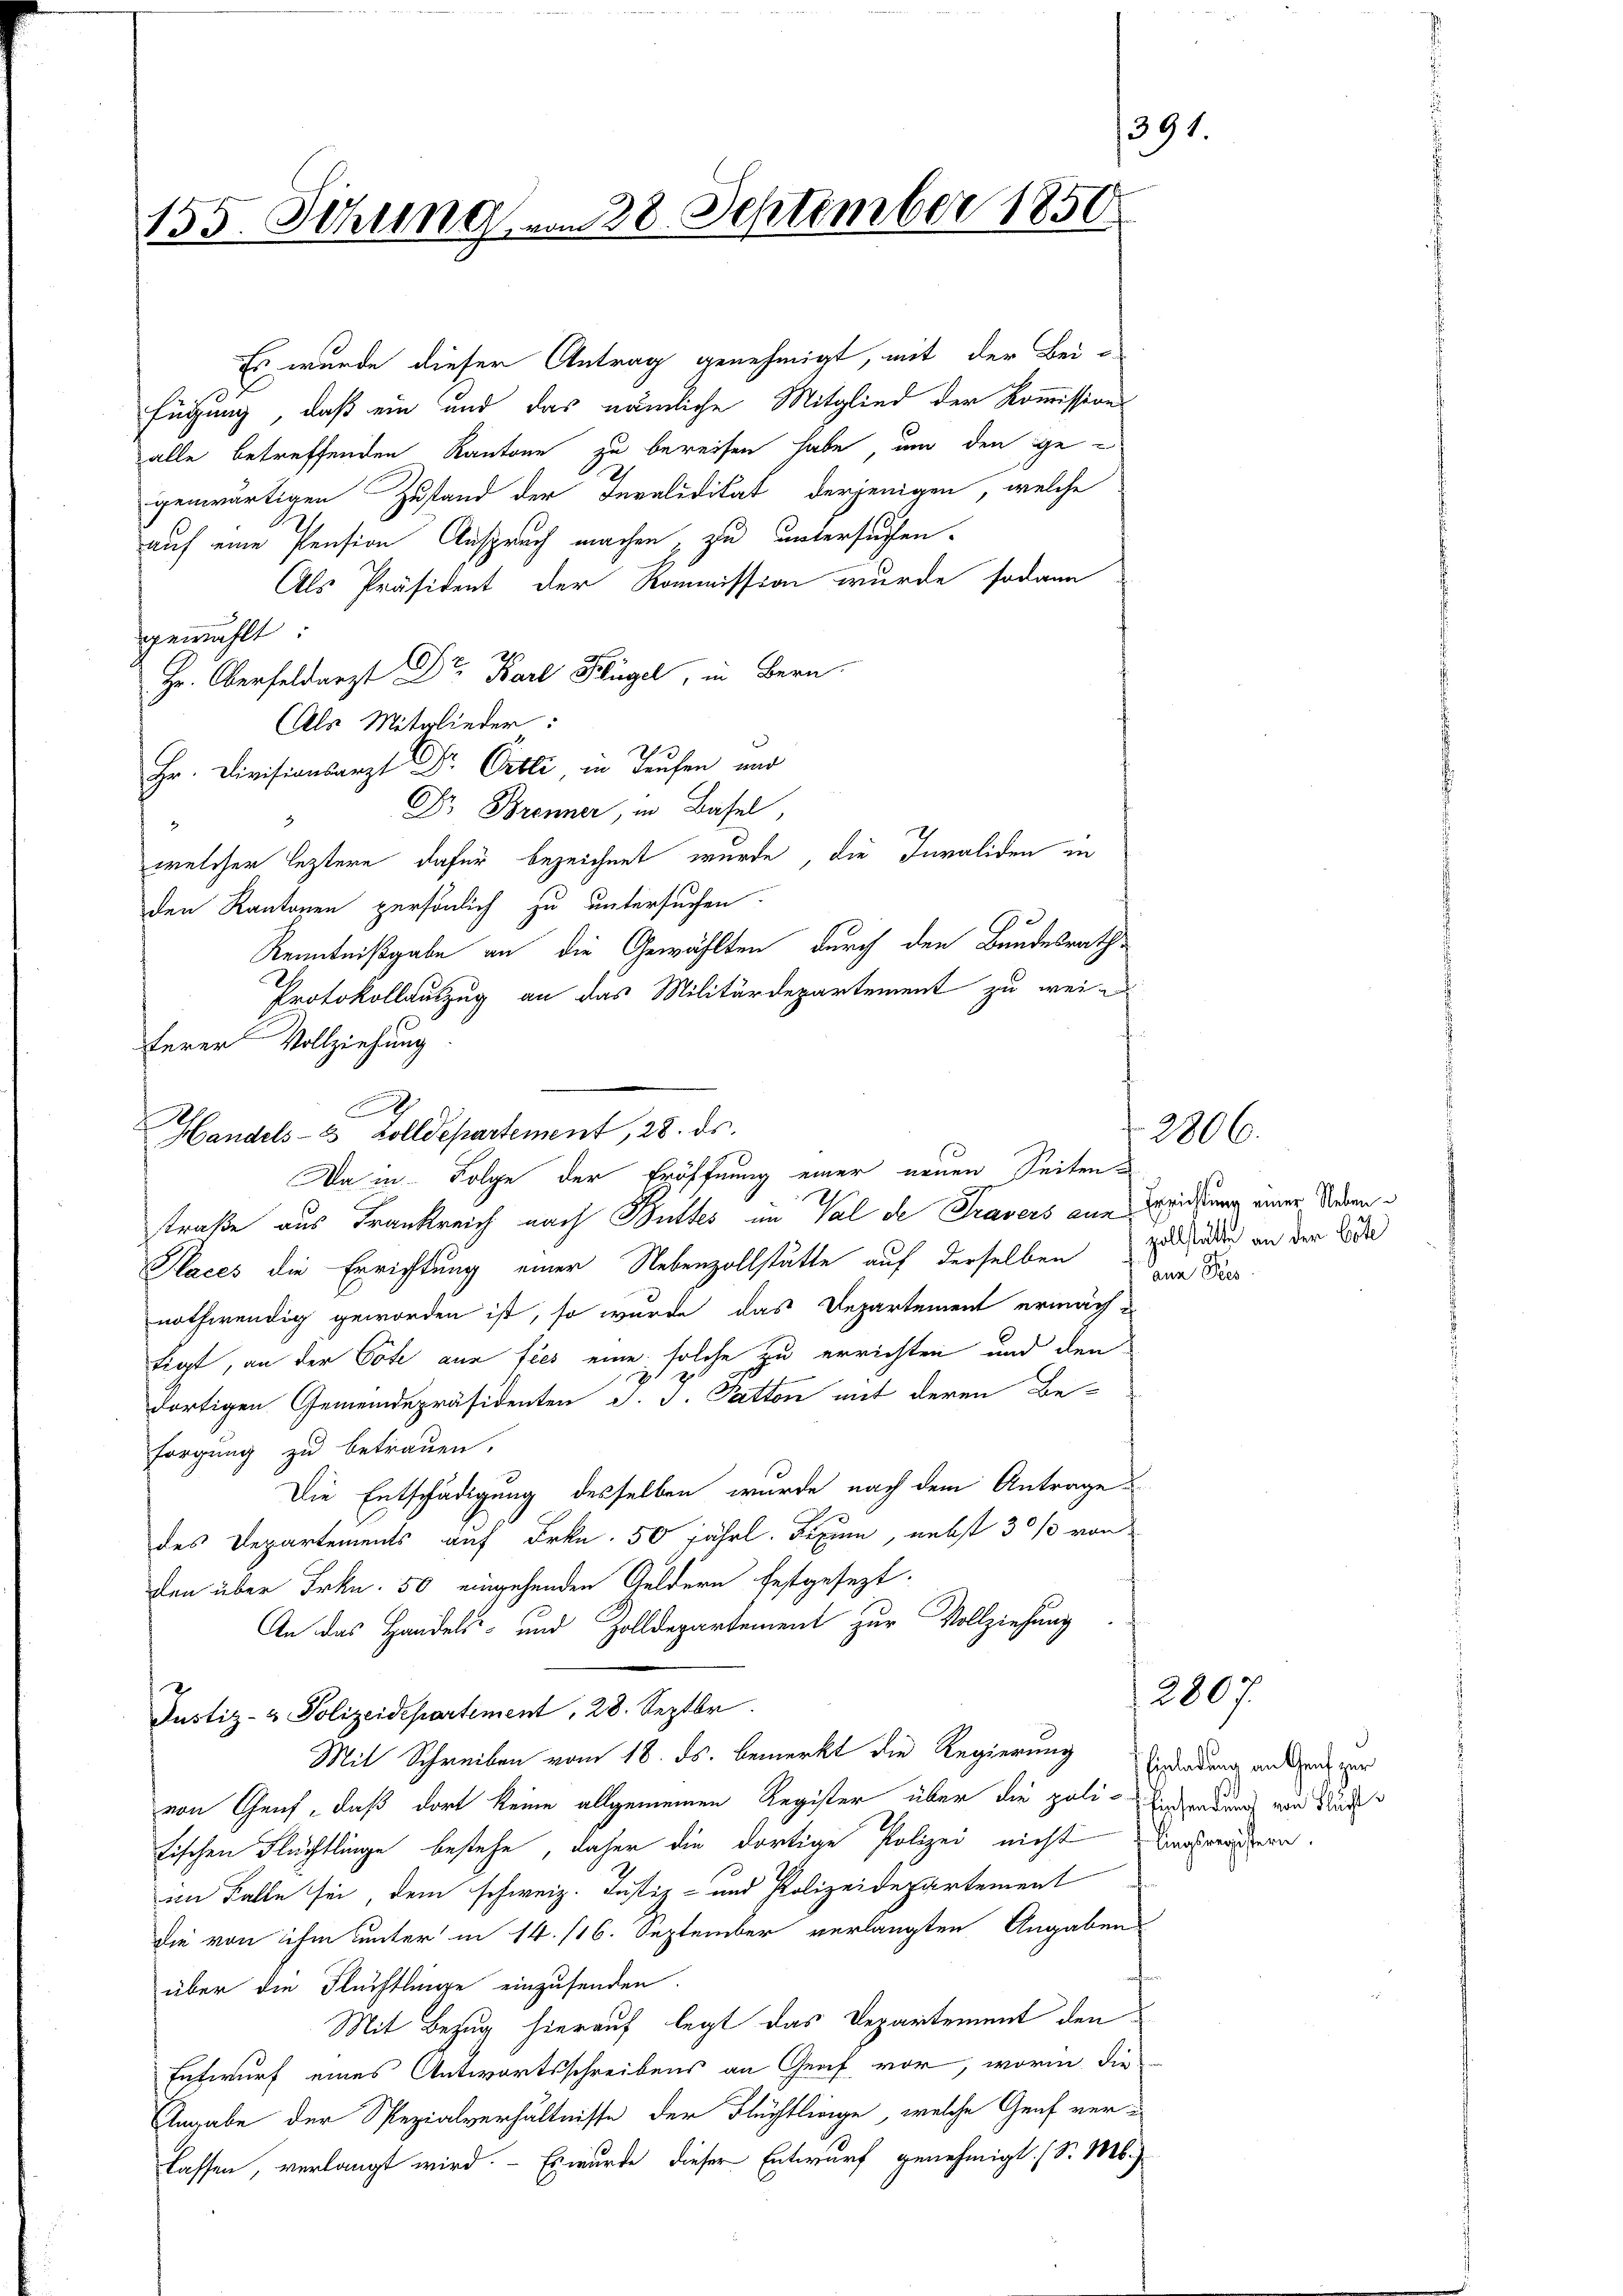
155. Sitzung von 38. September 1850

Es wurde dieser Antrag genehmigt, mit der Bei-
fügung, daß ein und das nämliche Mitglied der Kommissions
1
alle betreffenden Kantone zu bereisen habe, um den gegenwärtigen Zustand der Invalidität derjenigen, welche
auf eine Pension Anspruch machen, zu untersuchen.
Als Präsident der Kommission wurde sodann
gewählt:
Hr. Oberfeldarzt Dr. Karl Flügel, in Bern.
(Als Mitglieder:
Hr. Divisionsarzt Dr. Erbli, in Teufen und
Dr. Brenner, in Basel,
.
welcher leztere dafür bezeichnet wurde, die Invaliden in
den Kantonen persönlich zu untersuchen.
Kenntnißgabe an die Gewählten durch den Bundesraths
Protokollauszug an das Militärdepartement zu wei
s
straße aus Frankreich nach Butter im Val de Travers ane Beziehung einer Nieder¬
Places die Errichtung einer Nebenzollstätte auf derselben zu ledig an der Löde
nothwendig geworden ist, so wurde das Departement ermächtigt, an der Tote aus fies eine solche zu errichten und den
dortigen Gemeindepräsidenten J. J. Patten mit deren Be-
sorgung zu betrauen.
Die Entschädigung desselben wurde nach dem Antrage
des Departements auf Frkn. 50 jährl. Fraum, nebst 30% von
den über Frkn. 50 eingehenden Guldern festgesezt.
An das Handels- und Zolldepartement zur Vollziehung
Justiz- & Polizeidepartement 28. Septbr.
Mit Schreiben vom 18. ds. bemerkt die Regierung Enderdung anderen wer
von Genf, daß dort keine allgemeinen Register über die poli-Eisendung von Süde
fischen Flüchtlinge bestehe, daher die dortige Polizei nicht
im Falle sei dem schweiz. Justiz- und Polizeidepartement
die von ihm unter in 14. 116. September verlangten Angaben
über die Flüchtlinge einzusenden.
Mit Bezug hierauf legt das Departement den
Entwurf eines Antwortsschreibens an Graf vor, worin die
Angabe der Spezialverhältnisse der Flüchtlinge, welche Genf verlassen, verlangt wird. - Es wurde dieser Entwurf genehmigt. (S. M.)

1
d

terer Vollziehung.
A
Handels- & Zolldepartement, 28. ds.
Da in Folge der Eröffnung einer neuen Seiten¬

aun Pres

391.

2806.

lingsregistern.

2807